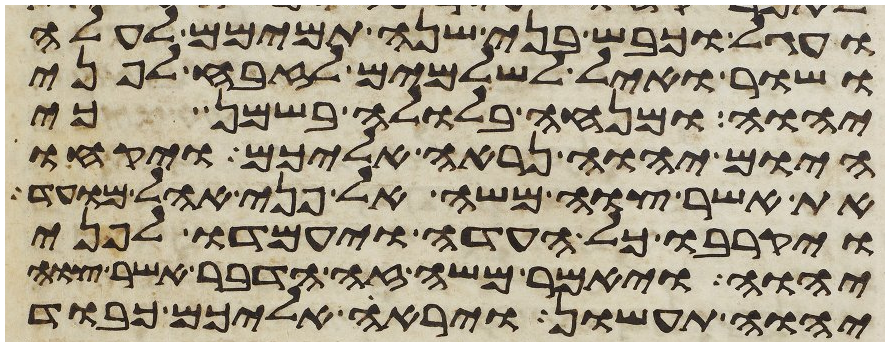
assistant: ועגל וכבש בני שנה תמימם לעלה
ושור ואיל לשלמים לזבח לפני
יהוה ומנחה בלולה בשמן כי
היום יהוה נראה אליכם ויקחו
את אשר צוה משה אל פני אהל מועד
ויקרבו כל העדה ויעמדו לפני
יהוה ויאמר משה זה הדבר אשר צוה
יהוה תעשון ויראה אליכם כבוד